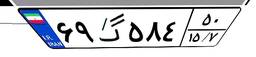
۶۹گ۵۸۴۵۰